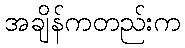
အချိန်ကတည်းက